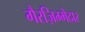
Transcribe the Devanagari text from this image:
गैरज़िम्मेदार